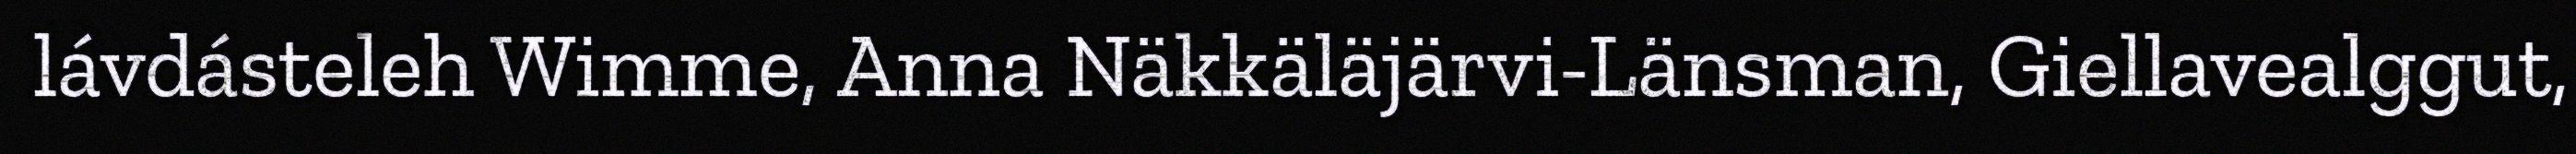
lávdásteleh Wimme, Anna Näkkäläjärvi-Länsman, Giellavealggut,